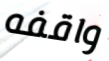
واقفه